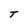
Character: t